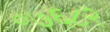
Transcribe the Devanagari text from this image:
०७६८२